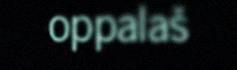
oppalaš